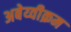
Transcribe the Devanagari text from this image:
अबेय्वीक्रम